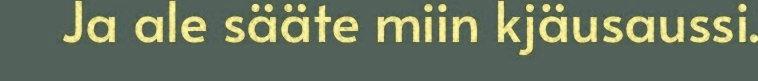
Ja ale sääte miin kjäusaussi.